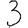
Digit: 3